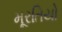
મૂરતિયો